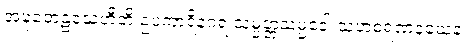
အဍ္ဎတေဠသေဟီတိ ဥပကာရိနဂရံ သမ္ပတ္တသမ္မဒေါ သဟစရဏနယေန